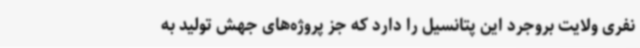
نفری ولایت بروجرد این پتانسیل را دارد که جز پروژه‌های جهش تولید به